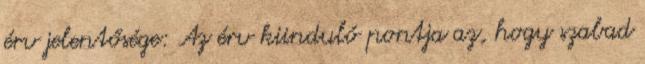
érv jelentősége: Az érv kiinduló pontja az, hogy szabad